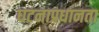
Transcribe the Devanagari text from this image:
घटनाप्रधानता